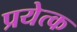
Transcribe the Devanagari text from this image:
प्रयेत्क